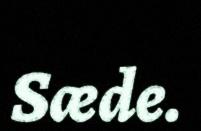
Sæde.